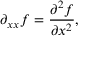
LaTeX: \partial _ { x x } f = { \frac { \partial ^ { 2 } f } { \partial x ^ { 2 } } } ,